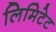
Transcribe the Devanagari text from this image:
लिमिटेट